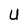
Character: U